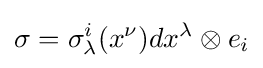
\sigma =\sigma _{\lambda }^{i}(x^{\nu })dx^{\lambda }\otimes e_{i}